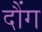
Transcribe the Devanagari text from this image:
दौंग